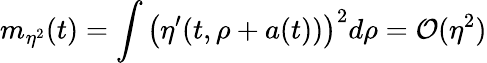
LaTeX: m_{\eta^{2}}(t)=\int\left(\eta^{\prime}(t,\rho+a(t))\right)^{2}d\rho={\cal O}(\eta^{2})